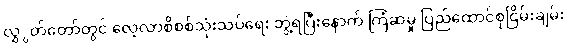
လွှွတ်တော်တွင် လေ့လာစိစစ်သုံးသပ်ရေး ဘွဲ့ရပြီးနောက် ကြံဆမှု ပြည်ထောင်စုငြိမ်းချမ်း